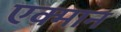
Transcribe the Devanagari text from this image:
एक्मान